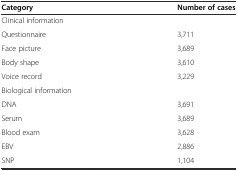
| Category | Number of cases |
 | --- | --- |
 | Clinical information |  |
 | Questionnaire | 3,711 |
 | Face picture | 3,689 |
 | Body shape | 3,610 |
 | Voice record | 3,229 |
 | Biological information |  |
 | DNA | 3,691 |
 | Serum | 3,689 |
 | Blood exam | 3,628 |
 | EBV | 2,886 |
 | SNP | 1,104 |